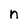
Character: n